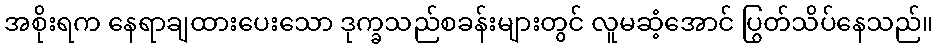
အစိုးရက နေရာချထားပေးသော ဒုက္ခသည်စခန်းများတွင် လူမဆံ့အောင် ပြွတ်သိပ်နေသည်။